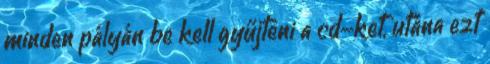
minden pályán be kell gyűjteni a cd-ket, utána ezt